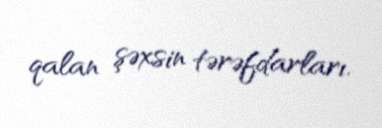
qalan şəxsin tərəfdarları.